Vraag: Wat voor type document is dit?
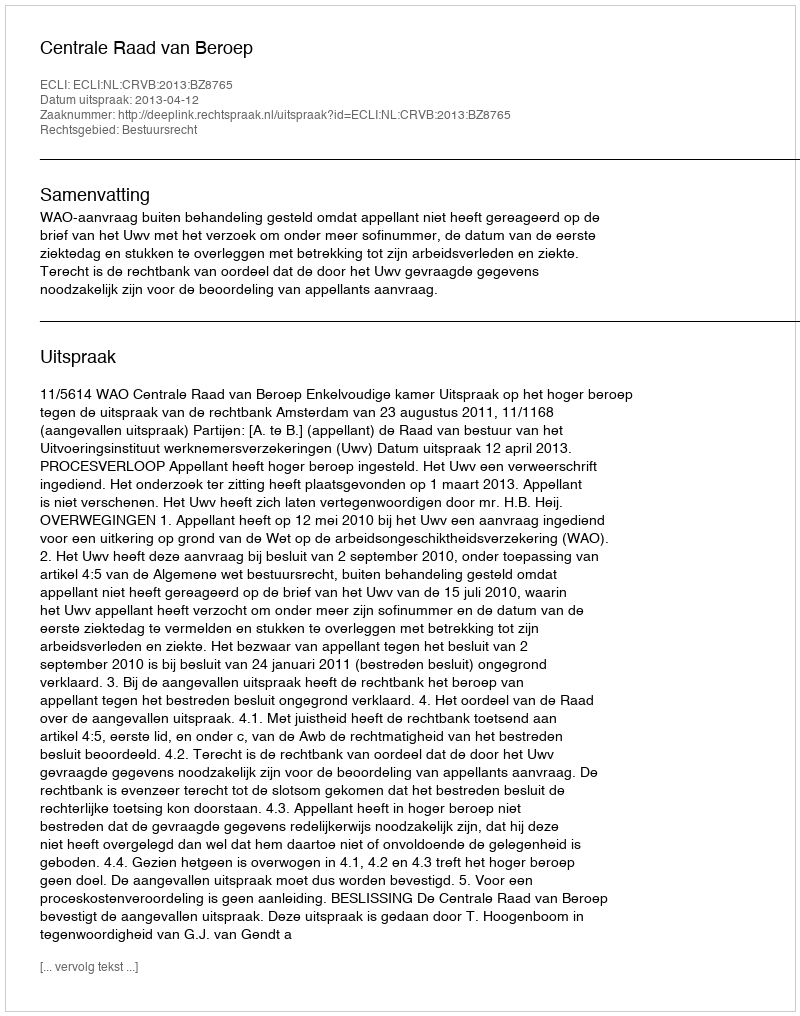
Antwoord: Uitspraak